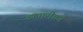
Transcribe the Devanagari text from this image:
व्यपारीवर्ग